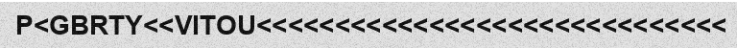
P<GBRTY<<VITOU<<<<<<<<<<<<<<<<<<<<<<<<<<<<<<